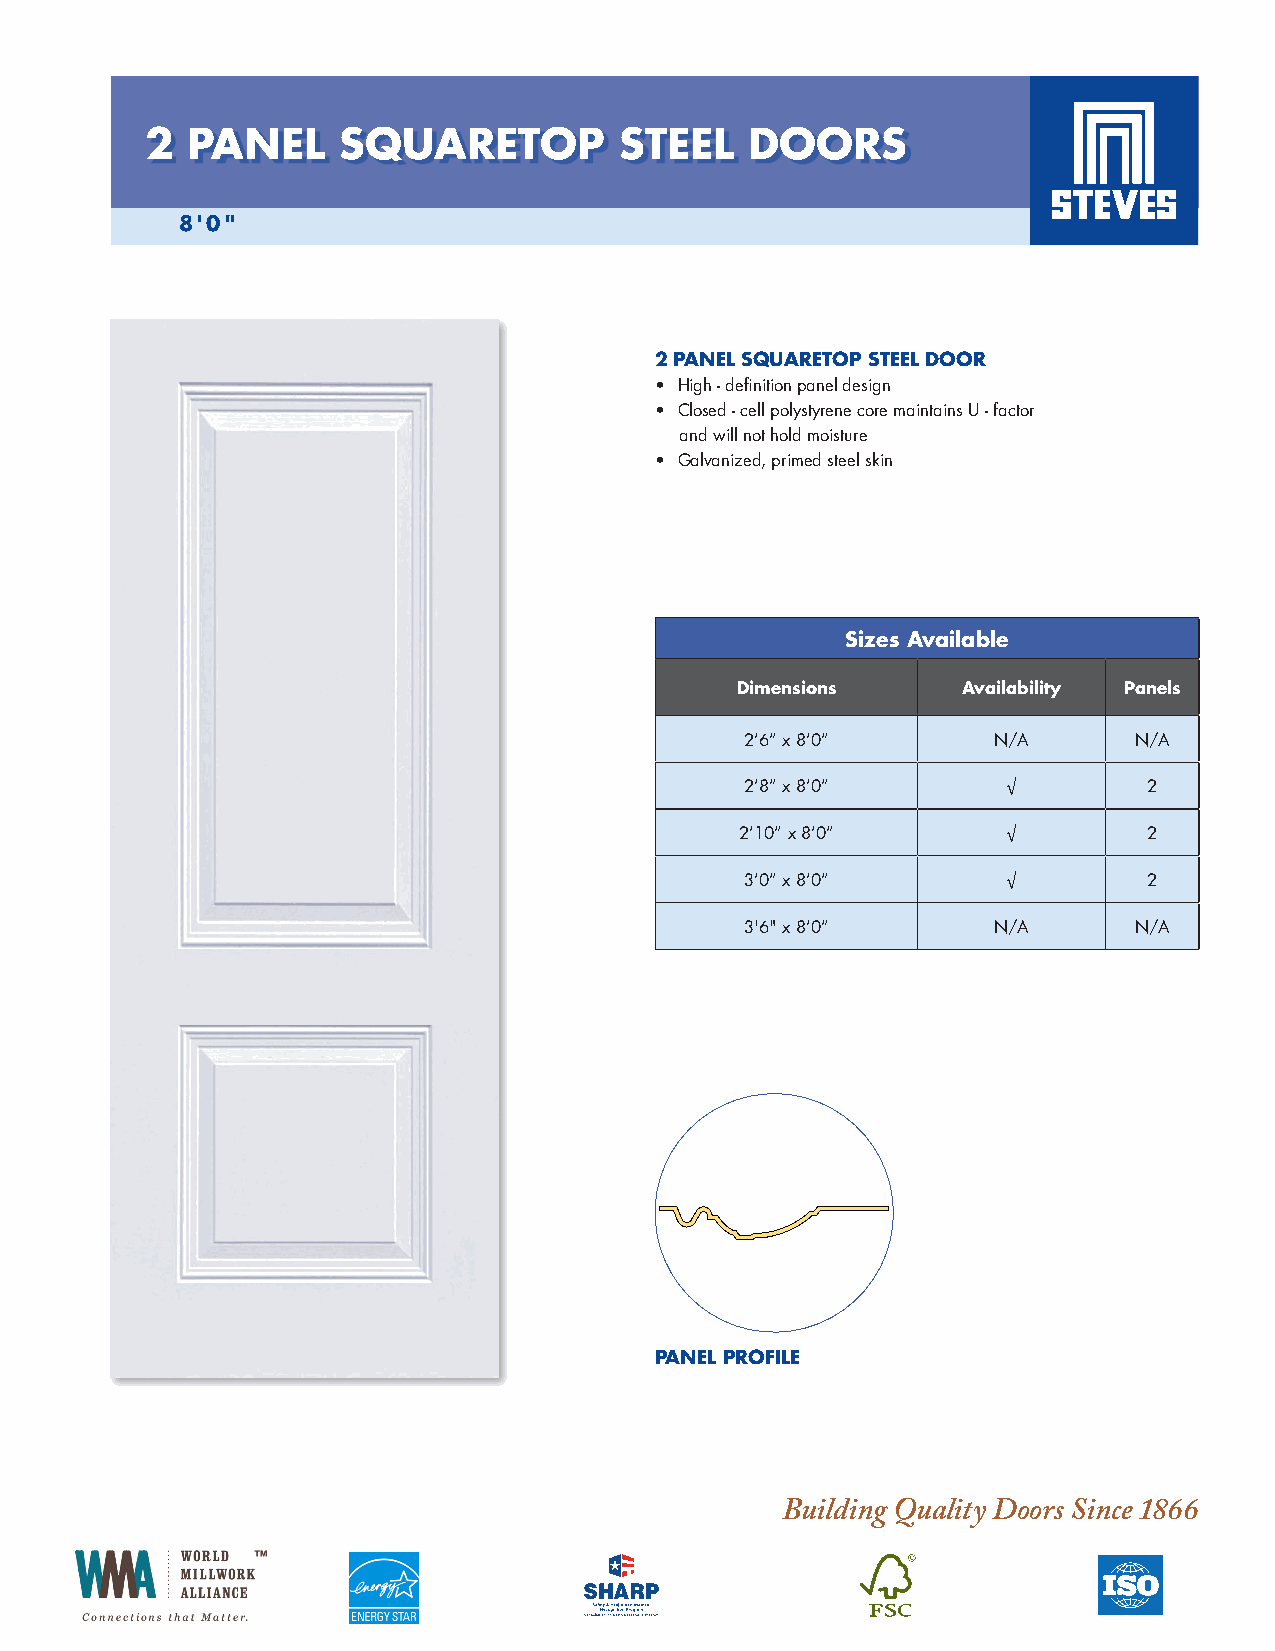
2 PANEL     SQUARETOP          STEEL    DOORS
 8'0"
 2 PANEL SQUARETOP STEEL DOOR
 • High - definition panel design
 • Closed - cell polystyrene core maintains U - factor
 and will not hold moisture
 • Galvanized, primed steel skin
 Sizes Available
 Dimensions     Availability Panels
 2’6” x 8’0”      N/A      N/A
 2’8” x 8’0”       √        2
 2’10” x 8’0”      √        2
 3’0” x 8’0”       √        2
 3'6" x 8’0”      N/A      N/A
 PANEL PROFILE
 Building Quality Doors Since 1866